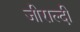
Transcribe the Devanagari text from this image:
जीराल्दी